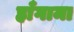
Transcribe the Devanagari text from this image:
हाँगामा